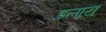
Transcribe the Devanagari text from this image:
इलाय